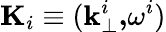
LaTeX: \mathbf{K}_{i}\equiv(\mathbf{k}_{\perp}^{i}\mathbf{,}\omega^{i})